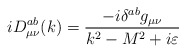
\begin{align*}iD_{\mu \nu }^{ab}(k)=\frac{-i\delta ^{ab}g_{\mu \nu }}{k^2-M^2+i\varepsilon }\end{align*}